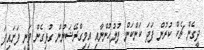
ދީގެން ޗެކް ކުުރުން ފަދަ ކަންކަން ފުލުހުންނާއި އިމިގްރޭޝަނުން ގުޅިގެން ވަނީ ފަށައިފަ